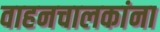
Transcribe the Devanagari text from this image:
वाहनचालकांना